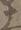
十